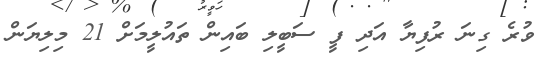
ވުރެ ގިނަ ރުފިޔާ އަދި ފީ ސަބީލި ބައިން ތައުލީމަށް 21 މިލިޔަން